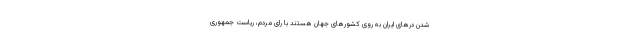
شدن درهای ایران به روی کشورهای جهان هستند با رای مردم، ریاست جمهوری